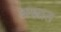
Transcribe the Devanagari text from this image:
अस्त्रात